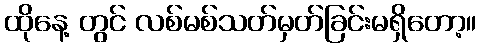
ထိုနေ့ တွင် လစ်မစ်သတ်မှတ်ခြင်းမရှိတော့။